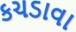
કચડાવા